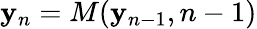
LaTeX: {\mathbf y}_{n}=M({\mathbf y}_{n-1},n-1)